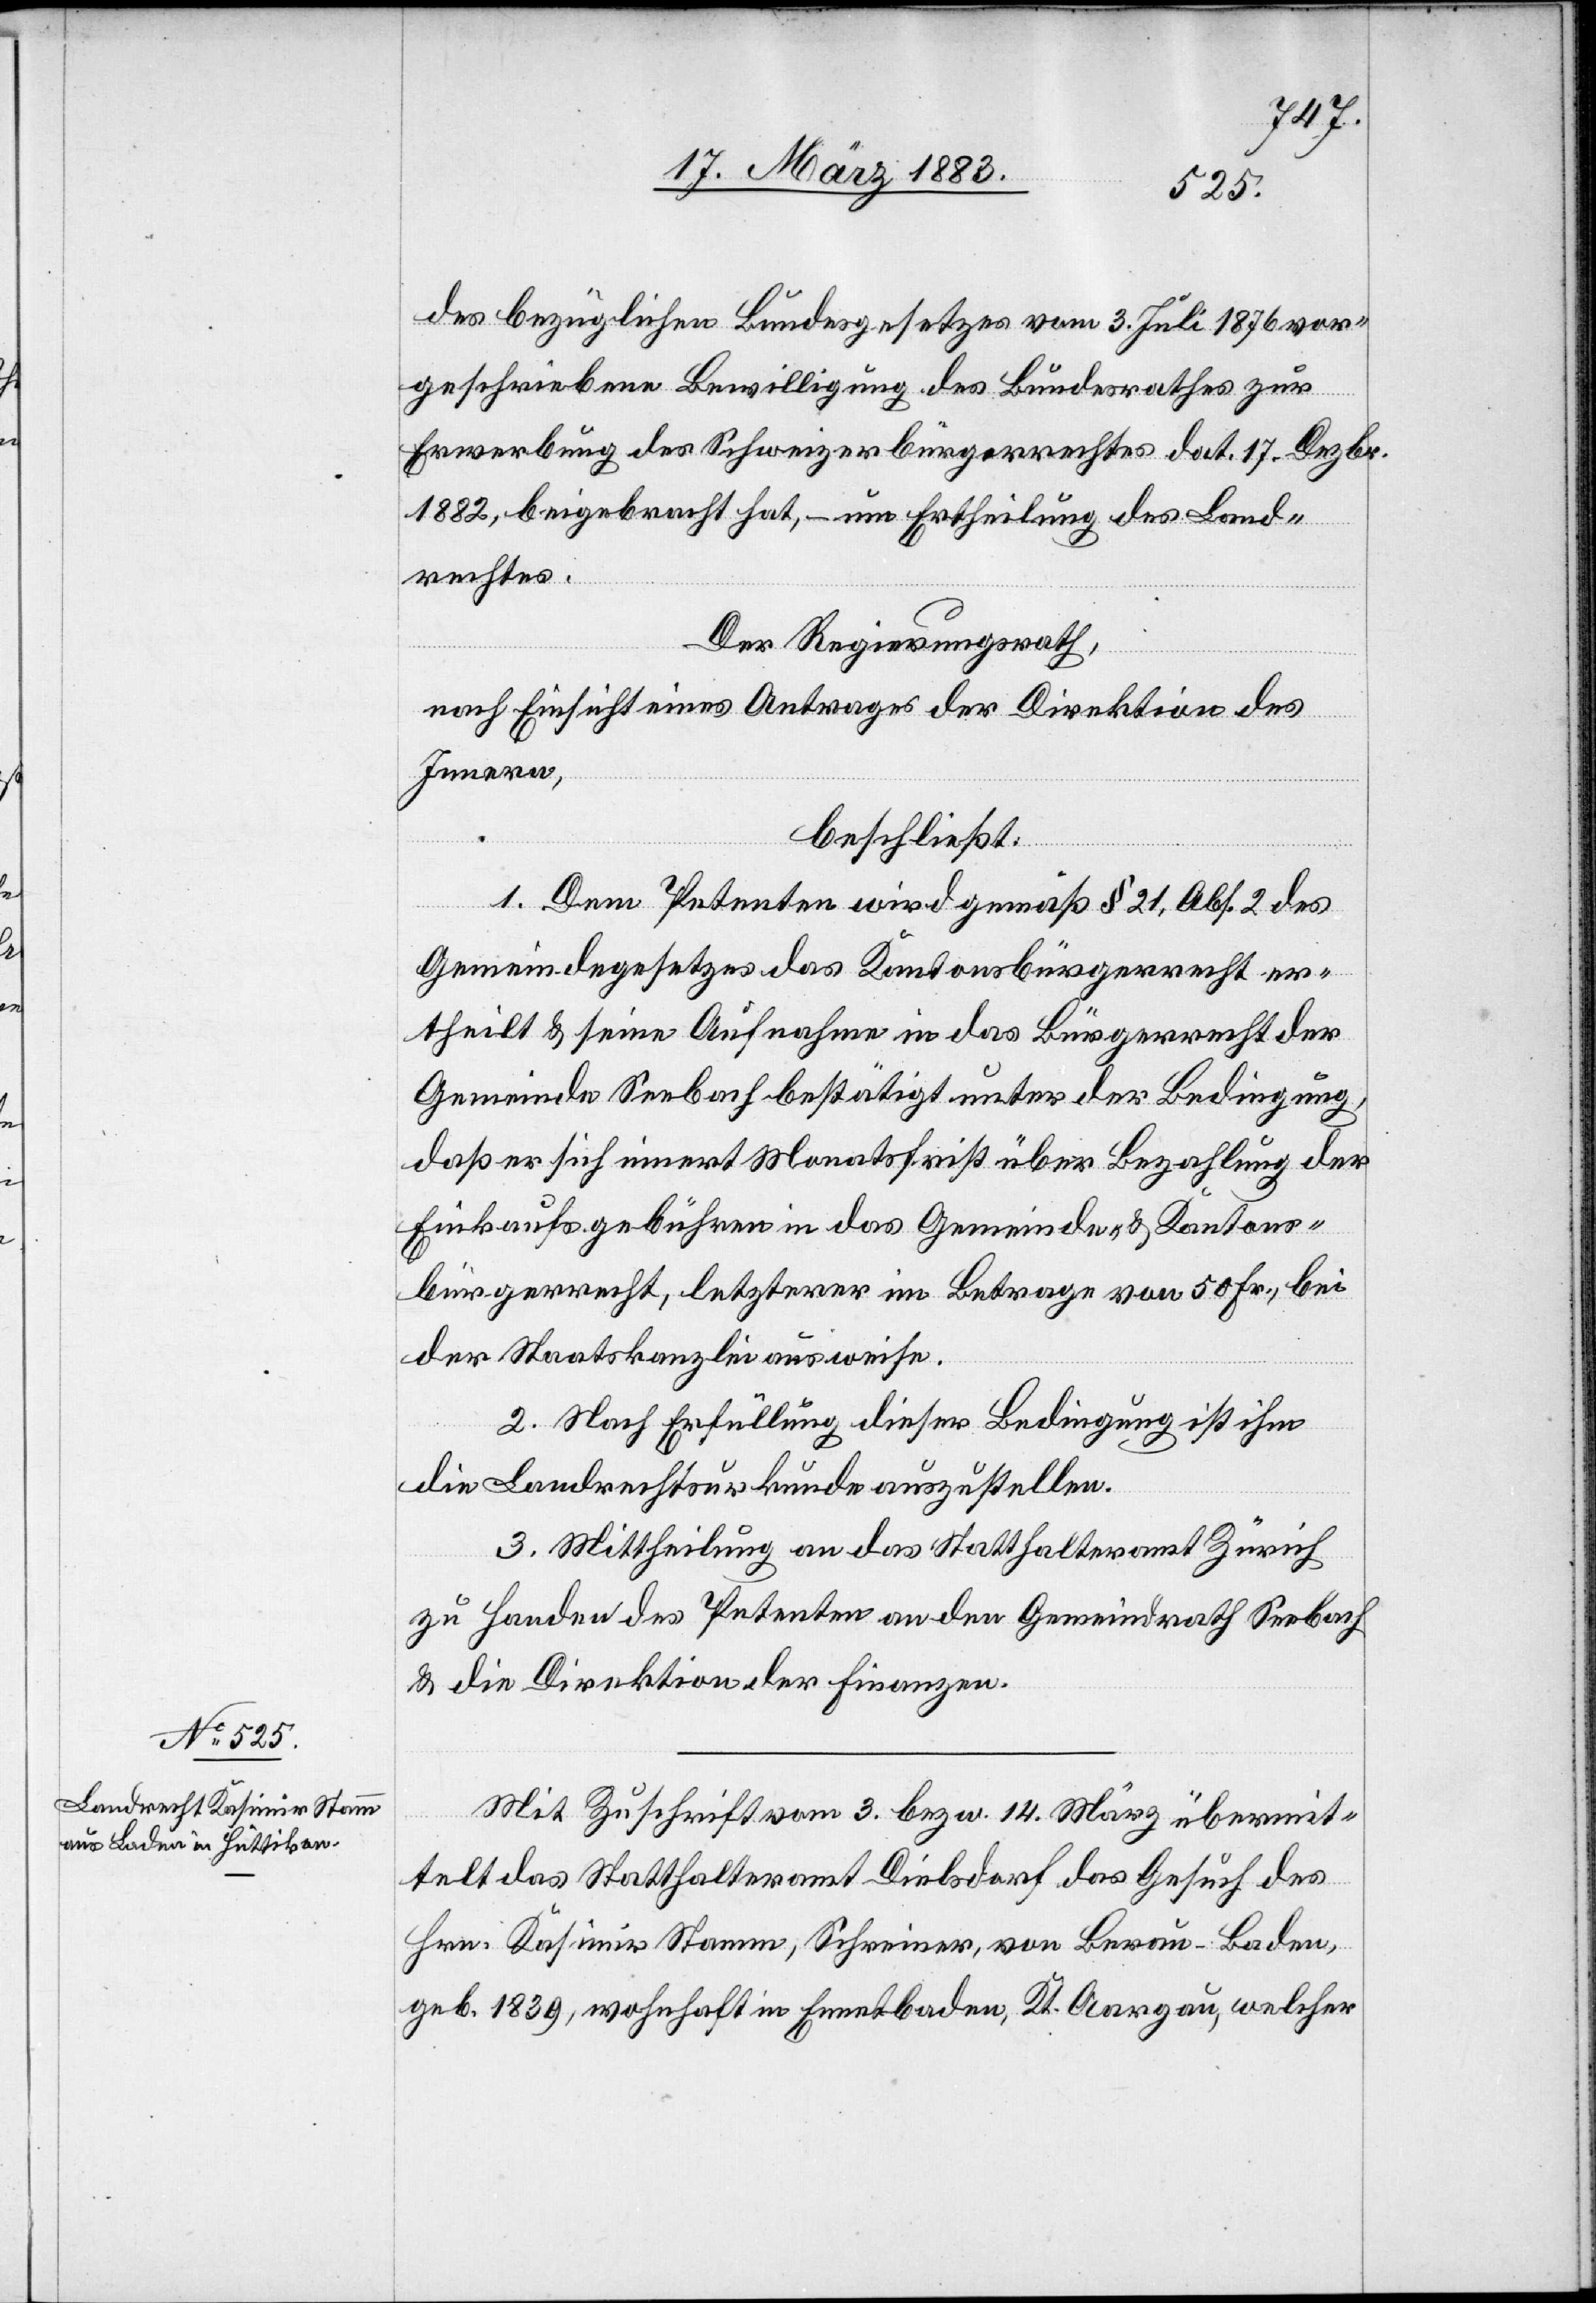
des bezüglichen Bundesgesetzes vom 3. Juli 1876 vor¬
geschriebene Bewilligung des Bundesrathes zur
Erwerbung des Schweizerbürgerrechtes dat. 17. Dezbr.
1882, beigebracht hat, – um Ertheilung des Land¬
rechtes.
Der Regierungsrath,
nach Einsicht eines Antrages der Direktion des
Innern,
beschließt:
1. Dem Petenten wird gemäß § 21, Abs. 2 des
Gemeindegesetzes das Kantonsbürgerrecht er¬
theilt & seine Aufnahme in das Bürgerrecht der
Gemeinde Seebach bestätigt unter der Bedingung,
daß er sich innert Monatsfrist über Bezahlung der
Einkaufsgebühren in das Gemeinde- & Kantons¬
bürgerrecht, letzterer im Betrage von 50 Fr., bei
der Staatskanzlei ausweise.
2. Nach Erfüllung dieser Bedingung ist ihm
die Landrechtsurkunde auszustellen.
3. Mittheilung an das Statthalteramt Zürich
zu Handen des Petenten an den Gemeindrath Seebach
& die Direktion der Finanzen.
Mit Zuschrift vom 3. bezw. 14. März übermit¬
telt das Statthalteramt Dielsdorf das Gesuch des
Hrn. Kasimir Stamm, Schreiner, von Berau - Baden,
geb. 1839, wohnhaft in Ennetbaden, Kt. Aargau, welcher